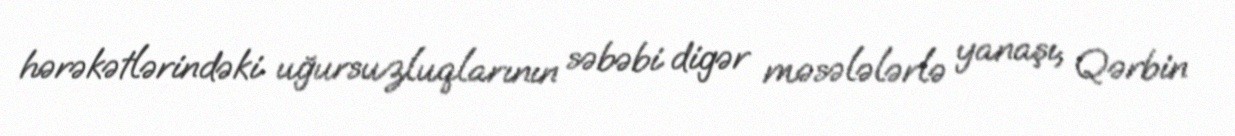
hərəkətlərindəki uğursuzluqlarının səbəbi digər məsələlərlə yanaşı, Qərbin